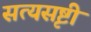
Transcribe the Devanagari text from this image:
सत्यसृष्टी